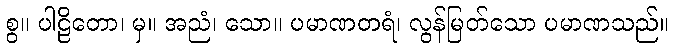
စွ။ ပါဠိတော၊ မှ။ အညံ၊ သော။ ပမာဏတရံ၊ လွန်မြတ်သော ပမာဏသည်။